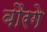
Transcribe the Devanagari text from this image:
बौरगे